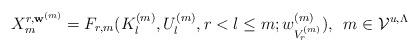
LaTeX: \begin{align*} {X}_{m}^{r,\mathbf{w}^{(m)}}=F_{r,m}(K^{(m)}_l,U^{(m)}_l,r<l\leq m;w^{(m)}_{V_r^{(m)}}), \,\,\, m \in \mathcal{V}^{u,\Lambda}\end{align*}